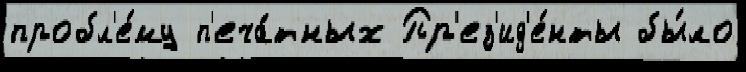
пробл'е́му п'еча́тных Пр'ез'ид'е́нты бы́ло